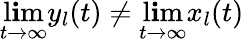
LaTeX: \operatorname*{l\mathbf{i}m}_{t\to\infty}y_{l}(t)\neq\operatorname*{l\mathbf{i}m}_{t\to\infty}x_{l}(t)